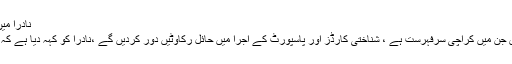
نادرا میں اب بھی لوگ دھکے کھا رہے ہیں، کراچی سر فہرست ہے
انہوں نے کہا کہ لوگ اب بھی نادرا میں دھکے کھار ہے ہیں جن میں کراچی سرفہرست ہے ، شناختی کارڈز اور پاسپورٹ کے اجرا میں حائل رکاوٹیں دور کردیں گے ،نادرا کو کہہ دیا ہے کہ اب اگر شہریوں کو تکلیف پہنچی توکارروائی کی جائے گی۔